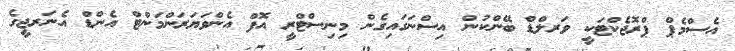
އެސްމެޕް ޕްރޮޖެކްޓަކީ ވަރލްޑް ބޭންކުން އިސްނަގައިގެން މިނިސްޓްރީ އޮފް އެންވަޔަރަންމަންޓް އެންޑް އެނަރޖީގެ